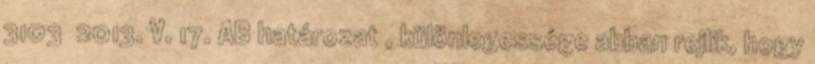
3103 2013. V. 17. AB határozat , különlegessége abban rejlik, hogy